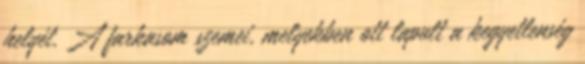
helyét. A farkasom szemei, melyekben ott lapult a kegyetlenség